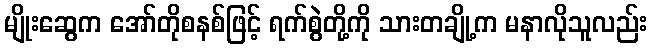
မျိုးဆွေက အော်တိုစနစ်ဖြင့် ရက်စွဲတို့ကို သားတချို့က မနာလိုသူလည်း